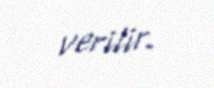
verilir.